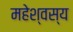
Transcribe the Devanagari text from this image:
महेश्वस्य